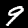
Digit: 9